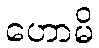
ဟောမိ